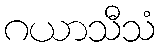
ဂယာသီသံ